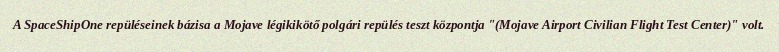
A SpaceShipOne repüléseinek bázisa a Mojave légikikötő polgári repülés teszt központja "(Mojave Airport Civilian Flight Test Center)" volt.